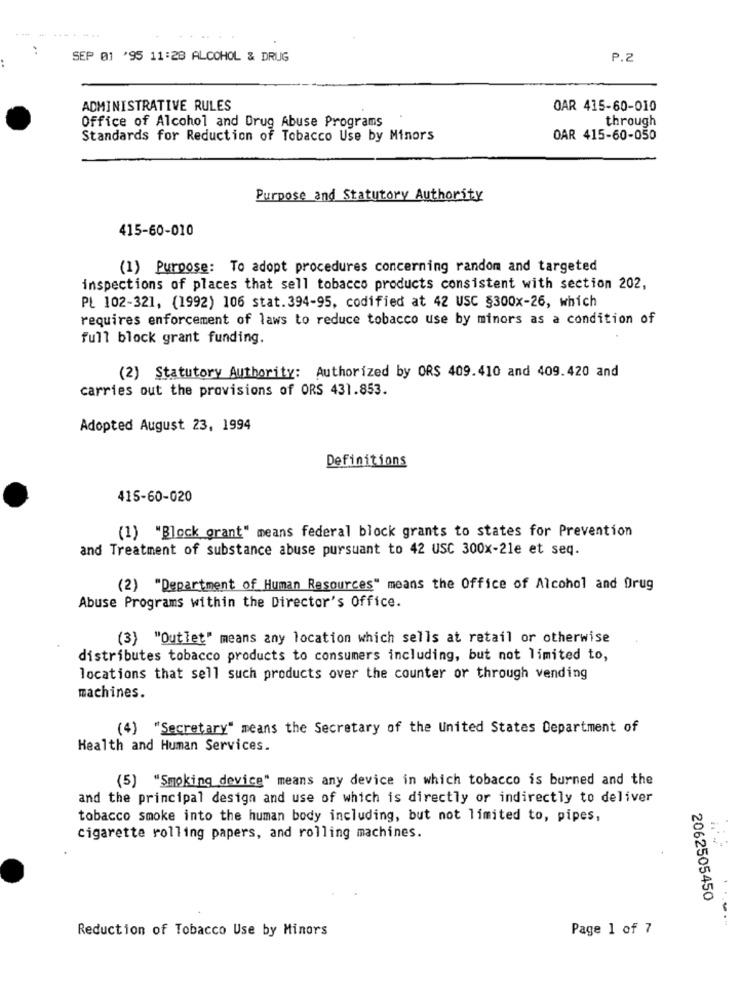
SEP 01 '95 11:28 ALCOHOL & DRUG
P.2
ADMINISTRATIVE RULES
OAR 415-60-010
Office of Alcohol and Drug Abuse Programs
through
Standards for Reduction of Tobacco Use by Minors
OAR 415-60-050
Purpose and Statutory Authority
415-60-010
(1) Purpose: To adopt procedures concerning random and targeted
inspections of places that sell tobacco products consistent with section 202,
PL 102-321, (1992) 106 stat.394-95, codified at 42 USC §300x-26, which
requires enforcement of laws to reduce tobacco use by minors as a condition of
full block grant funding.
(2) Statutory Authority: Authorized by OR$ 409.410 and 409.420 and
carries out the provisions of ORS 431.853.
Adopted August 23, 1994
Definitions
415-60-020
(1) "Block grant" means federal block grants to states for Prevention
and Treatment of substance abuse pursuant to 42 USC 300x-21e et seq.
(2) "Department of Human Resources" means the Office of Alcohol and Drug
Abuse Programs within the Director's Office.
(3) "Outlet" means any location which sells at retail or otherwise
distributes tobacco products to consumers including, but not limited to,
locations that sell such products over the counter or through vending
machines.
(4) "Secretary" means the Secretary of the United States Department of
Health and Human Services.
(5) "Smoking device" means any device in which tobacco is burned and the
and the principal design and use of which is directly or indirectly to deliver
tobacco smoke into the human body including, but not limited to, pipes,
cigarette rolling papers, and rolling machines.
2062505450
Reduction of Tobacco Use by Minors
Page 1 of 7